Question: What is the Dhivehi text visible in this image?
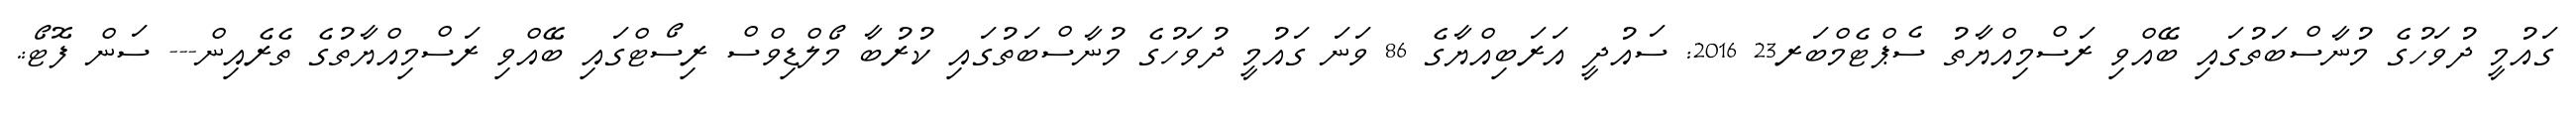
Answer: ގައުމީ ދުވަހުގެ މުނާސްބަތުގައި ބޭއްވި ރަސްމިއްޔާތު ސެޕްޓެމްބަރ23 2016: ސައުދީ އަރަބިއްޔާގެ 86 ވަނަ ގައުމީ ދުވަހުގެ މުނާސްބަތުގައި ކުރުބާ މޯލްޑިވްސް ރިސޯޓްގައި ބޭއްވި ރަސްމިއްޔާތުގެ ތެރެއިން--- ސަން ފޮޓޯ:.